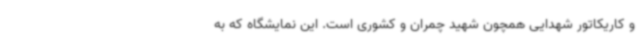
و کاریکاتور شهدایی همچون شهید چمران و کشوری است. این نمایشگاه که به